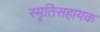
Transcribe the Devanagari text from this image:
स्मृतिसहायक